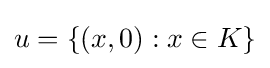
u=\{(x,0):x\in K\}